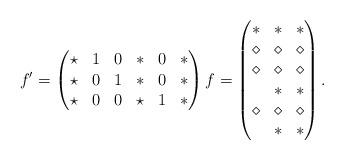
LaTeX: \begin{align*}f' = \begin{pmatrix}\star & 1 & 0 & * & 0 & * \\\star & 0 & 1 & * & 0 & * \\\star & 0 & 0 & \star & 1 & *\end{pmatrix} f = \begin{pmatrix}* & * & * \\\diamond & \diamond & \diamond \\\diamond & \diamond & \diamond \\* & * & * \\\diamond & \diamond & \diamond \\* & * & * \end{pmatrix}.\end{align*}